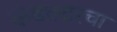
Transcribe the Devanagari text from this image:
कंडक्टरचा